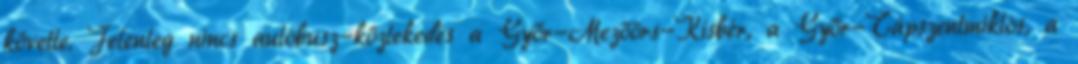
követte. Jelenleg nincs autóbusz-közlekedés a Győr-Mezőörs-Kisbér, a Győr-Tápszentmiklós, a